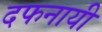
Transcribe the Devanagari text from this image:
दफनायी